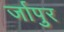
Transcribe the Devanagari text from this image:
र्जापुर